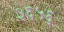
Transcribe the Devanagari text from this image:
३६५६